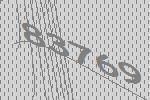
83769